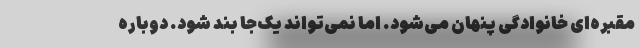
مقبره‌ای خانوادگی پنهان می‌شود. اما نمی‌تواند یک‌جا بند شود. دوباره